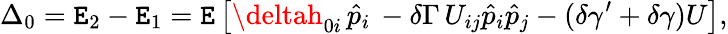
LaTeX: \Delta_{0}=\mathtt{E}_{2}-\mathtt{E}_{1}=\mathtt{E}\left[\deltah_{0i}\, \hat{{p}}_{i}\, -\delta\Gamma\, U_{ij}\hat{{p}}_{i}\hat{{p}}_{j}-(\delta\gamma^{\prime}+\delta\gamma)U\right],